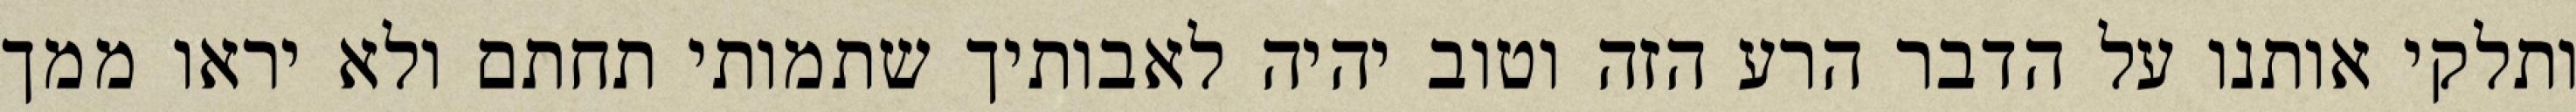
ותלקי אותנו על הדבר הרע הזה וטוב יהיה לאבותיך שתמותי תחתם ולא יראו ממך